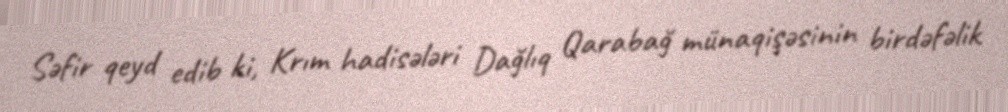
Səfir qeyd edib ki, Krım hadisələri Dağlıq Qarabağ münaqişəsinin birdəfəlik